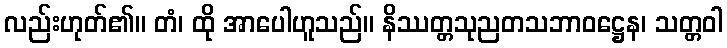
လည်းဟုတ်၏။ တံ၊ ထို အာပေါဟူသည်။ နိဿတ္တသုညတသဘာဝဋ္ဌေန၊ သတ္တဝါ